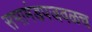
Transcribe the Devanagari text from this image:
सभामंडपजवळच